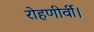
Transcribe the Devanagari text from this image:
रोहणीर्वी।